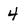
Character: 4